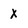
Character: X